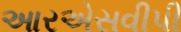
આરએસવીપી